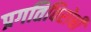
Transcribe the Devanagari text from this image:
प्रगतिविरोधी